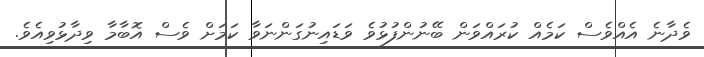
ވެދާނެ އެއްވެސް ކަމެއް ކުރައްވަން ބޭނުންފުޅުވެ ވަޑައިނުގަންނަވާ ކަމަށް ވެސް އޮބާމާ ވިދާޅުވިއެވެ.